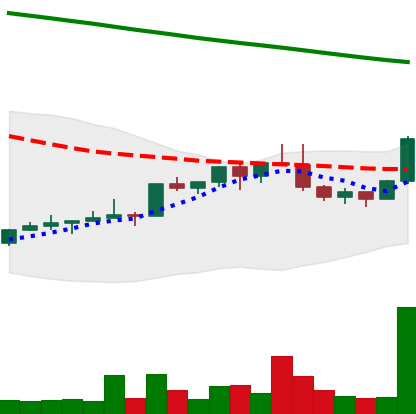
Ticker: NEO-USD
Chart end date: 2022-02-16
Forward return: -21.685%
Label: down_7plus